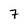
Character: 7